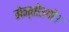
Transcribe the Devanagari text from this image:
मेन्तोउगोउ